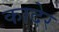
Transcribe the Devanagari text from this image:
कादेर